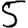
Digit: 5